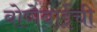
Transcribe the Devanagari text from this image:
बोणेबाईंची